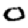
Digit: 0